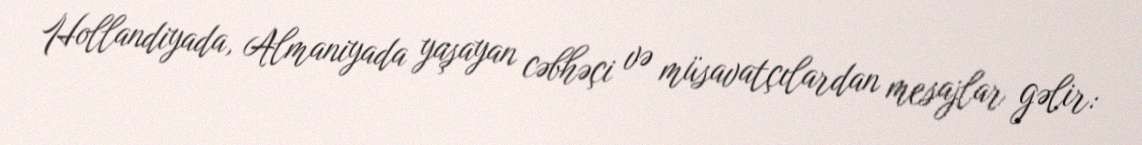
Hollandiyada, Almaniyada yaşayan cəbhəçi və müsavatçılardan mesajlar gəlir: